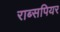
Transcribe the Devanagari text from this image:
राब्सपियर